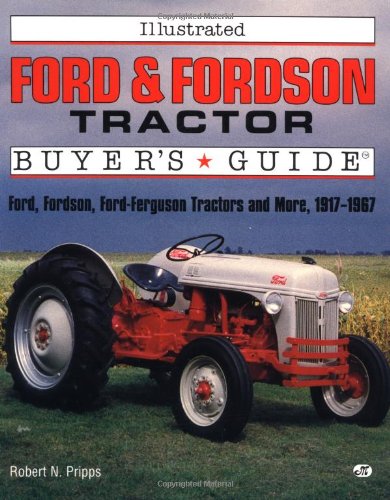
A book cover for Illustrated Ford and Fordson Tractor Buyer's Guide (Motorbooks International Illustrated Buyer's Guide); Robert N. Pripps; Engineering & Transportation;